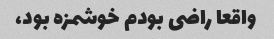
واقعا راضی بودم خوشمزه بود،